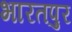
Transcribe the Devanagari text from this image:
भारतपुर